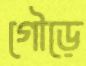
গৌড়ে